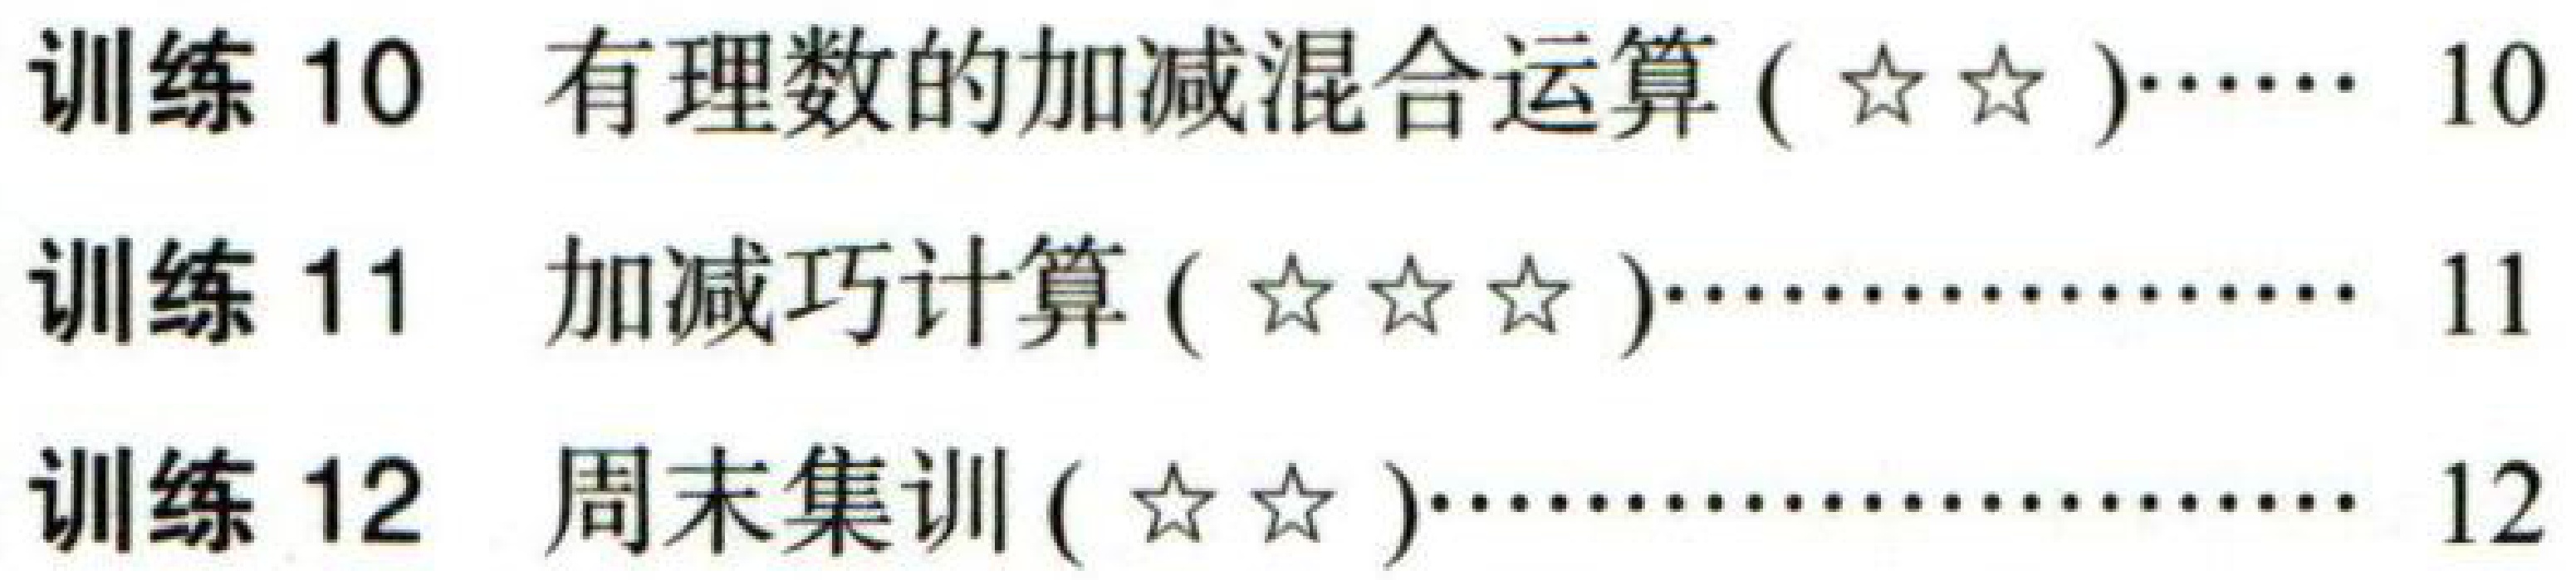
训练 10  有理数的加减混合运算 (\(☆☆\))……… 10
训练 11  加减巧计算 (\(☆☆☆\))………………… 11
训练 12  周末集训 (\(☆☆\))…………………… 12